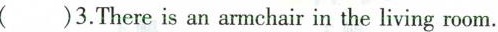
( )3.Thereis an armchair in the living room.